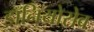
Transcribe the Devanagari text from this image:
डॉनियोरोव